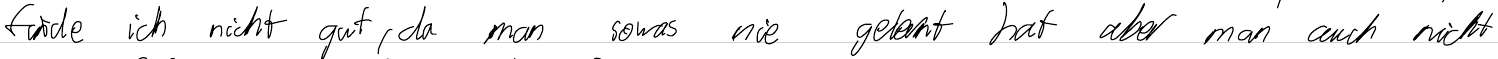
finde ich nicht gut, da man sowas nie gelernt hat aber man auch nicht